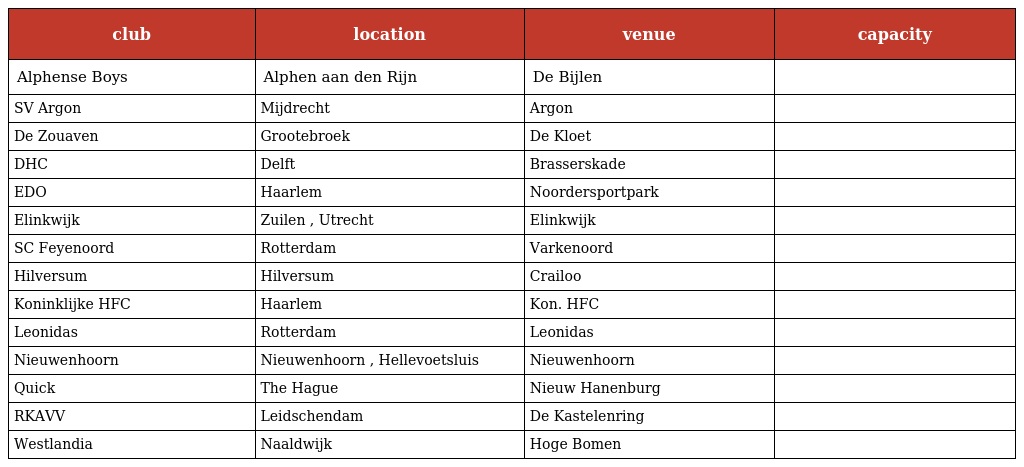
| club | location | venue | capacity |
 | --- | --- | --- | --- |
 | Alphense Boys | Alphen aan den Rijn | De Bijlen |  |
 | SV Argon | Mijdrecht | Argon |  |
 | De Zouaven | Grootebroek | De Kloet |  |
 | DHC | Delft | Brasserskade |  |
 | EDO | Haarlem | Noordersportpark |  |
 | Elinkwijk | Zuilen , Utrecht | Elinkwijk |  |
 | SC Feyenoord | Rotterdam | Varkenoord |  |
 | Hilversum | Hilversum | Crailoo |  |
 | Koninklijke HFC | Haarlem | Kon. HFC |  |
 | Leonidas | Rotterdam | Leonidas |  |
 | Nieuwenhoorn | Nieuwenhoorn , Hellevoetsluis | Nieuwenhoorn |  |
 | Quick | The Hague | Nieuw Hanenburg |  |
 | RKAVV | Leidschendam | De Kastelenring |  |
 | Westlandia | Naaldwijk | Hoge Bomen |  |